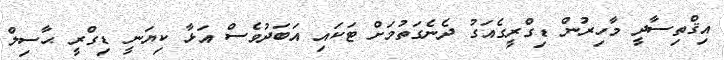
އިޤްތިސާދީ މާހިރުން ޑިގްރީގެއަގު ދެނެގަތުމަށް ޓަކައި އަބަދުވެސް އަޅާ ކިޔަނީ ޑިގްރީ ޙާސިލް